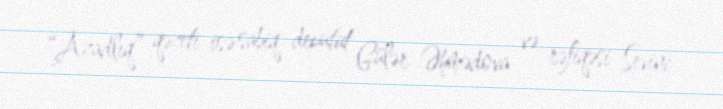
“Azadlıq” qəzeti isə sabiq deputat Gülər Əhmədova və rəfiqəsi Sevinc